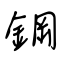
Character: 鋼